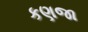
કણજા